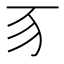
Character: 𬺻